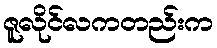
ဇူလိုင်လကတည်းက